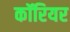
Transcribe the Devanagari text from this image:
कॉरियर